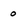
Character: 0